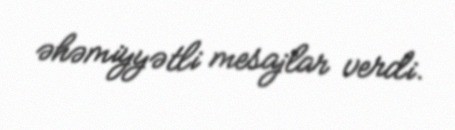
əhəmiyyətli mesajlar verdi.